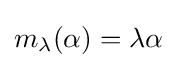
m_{\lambda }(\alpha )=\lambda \alpha